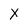
Character: x